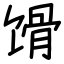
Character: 馉